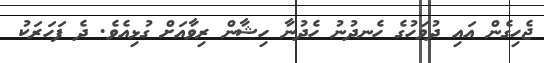
ޖެހިގެން އައި ދުވަހުގެ ހެނދުނު ހެދުނާ ހިޝާން ރިވާއަށް ގުޅިއެވެ. ދެ ފަހަރަކު